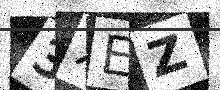
Text: 3XEZ